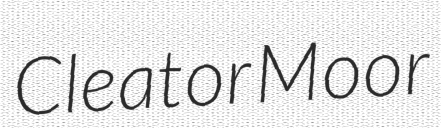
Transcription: Cleator Moor